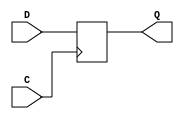
module SB_DFFN (output Q, input C, D);
	reg Q = 0;
	always @(negedge C)
		Q <= D;
endmodule